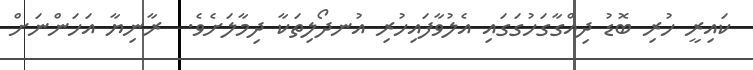
ކައިރީ ހުރި ބޮޑު ދިއްގާގަހުގަގައި އެލުވާފައިހުރި އުނދޯލިތަކާ ދިމާލަށެވެ.  ރާނިޔާ އަހަންނަށް